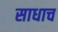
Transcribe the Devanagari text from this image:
साधाच